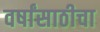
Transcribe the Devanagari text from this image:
वर्षांसाठीचा